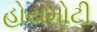
હોયમોટી